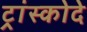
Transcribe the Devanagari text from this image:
ट्रांस्कोदे